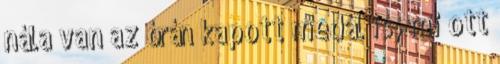
nála van az órán kapott medál is, mi ott